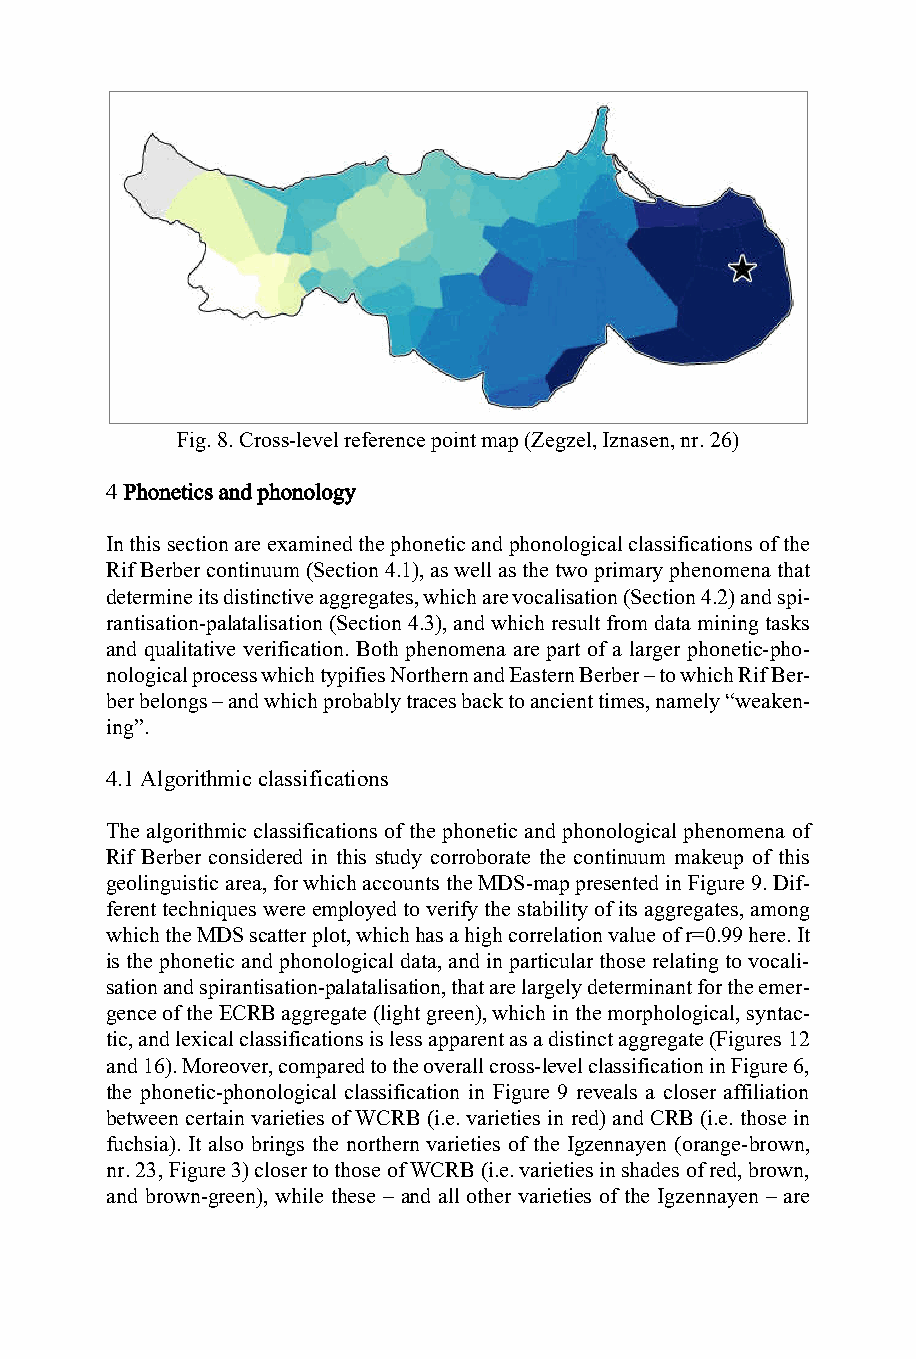
Fig. 8. Cross-level reference point map (Zegzel, Iznasen, nr. 26)
 4 Phonetics and phonology
 In this section are examined the phonetic and phonological classifications of the
 Rif Berber continuum (Section 4.1), as well as the two primary phenomena that
 determine its distinctive aggregates, which are vocalisation (Section 4.2) and spi-
 rantisation-palatalisation (Section 4.3), and which result from data mining tasks
 and qualitative verification. Both phenomena are part of a larger phonetic-pho-
 nological process which typifies Northern and Eastern Berber – to which Rif Ber-
 ber belongs – and which probably traces back to ancient times, namely “weaken-
 ing”.
 4.1 Algorithmic classifications
 The algorithmic classifications of the phonetic and phonological phenomena of
 Rif Berber considered in this study corroborate the continuum makeup of this
 geolinguistic area, for which accounts the MDS-map presented in Figure 9. Dif-
 ferent techniques were employed to verify the stability of its aggregates, among
 which the MDS scatter plot, which has a high correlation value of r=0.99 here. It
 is the phonetic and phonological data, and in particular those relating to vocali-
 sation and spirantisation-palatalisation, that are largely determinant for the emer-
 gence of the ECRB aggregate (light green), which in the morphological, syntac-
 tic, and lexical classifications is less apparent as a distinct aggregate (Figures 12
 and 16). Moreover, compared to the overall cross-level classification in Figure 6,
 the phonetic-phonological classification in Figure 9 reveals a closer affiliation
 between certain varieties of WCRB (i.e. varieties in red) and CRB (i.e. those in
 fuchsia). It also brings the northern varieties of the Igzennayen (orange-brown,
 nr. 23, Figure 3) closer to those of WCRB (i.e. varieties in shades of red, brown,
 and brown-green), while these – and all other varieties of the Igzennayen – are